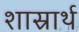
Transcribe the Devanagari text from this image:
शास्रार्थ